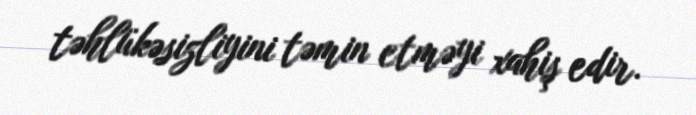
təhlükəsizliyini təmin etməyi xahiş edir.